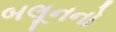
બલૂનનો